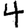
Digit: 4